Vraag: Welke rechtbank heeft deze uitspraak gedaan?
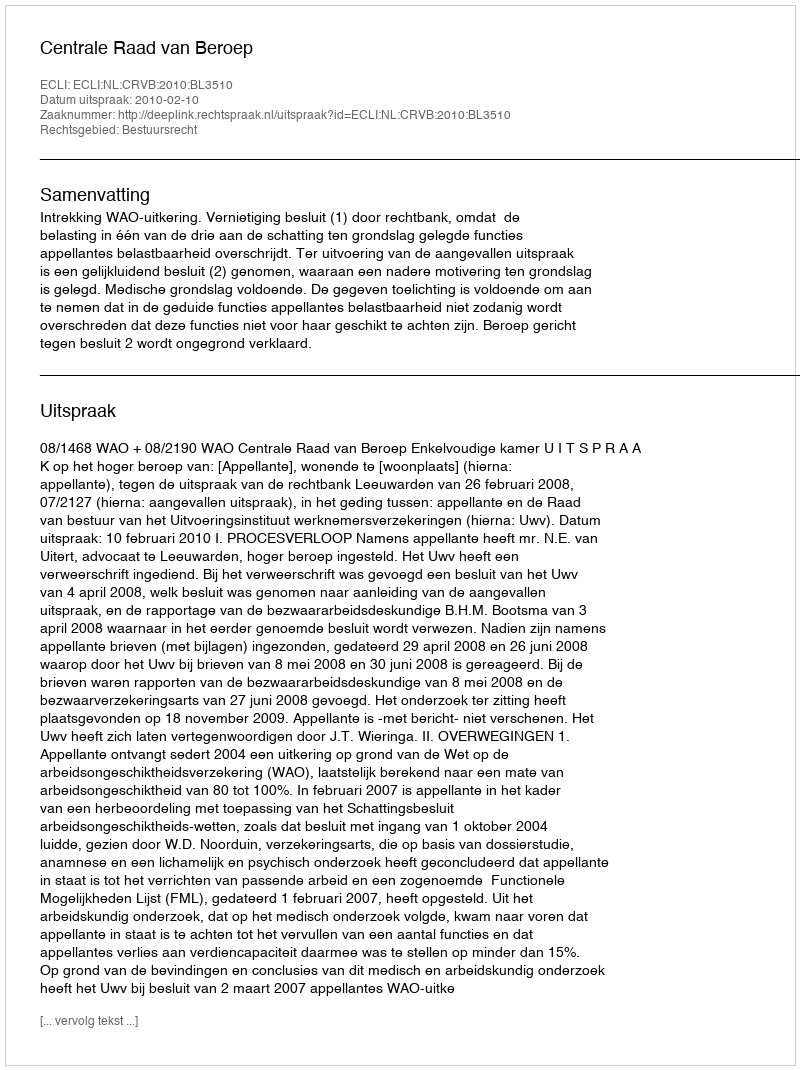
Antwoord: Centrale Raad van Beroep